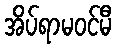
အိပ်ရာမဝင်မီ